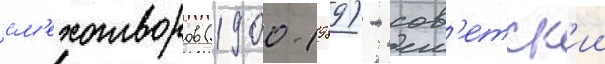
см'ехотворов (1900-1989) - сов'етск'ии